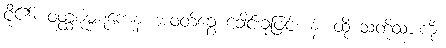
ငို၏။ ဝတ္ထစုမ္ဗဋကေန၊ အဝတ်ခွေ ခေါင်းခုဖြင့်။ နံ၊ ထို သတို့သားကို။